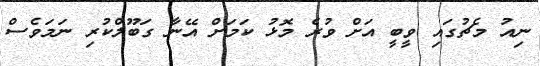
ނިއު މެޗުގައި ވީބީ އަށް ވުރެ މޮޅު ކަމަށް އޭނާ ގަބޫލްކުރި ނަމަވެސް